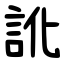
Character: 訛